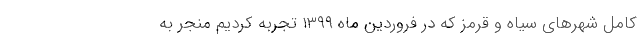
کامل شهرهای سیاه و قرمز که در فروردین ماه ۱۳۹۹ تجربه کردیم منجر به